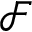
\mathcal { F }